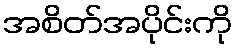
အစိတ်အပိုင်းကို